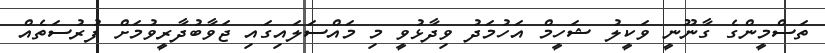
ތަސްމީންގެ ގާނޫނީ ވަކީލު ޝަހީމް އަހުމަދު ވިދާޅުވީ މި މައްސަލައިގައި ޖަވާބުދާރީވުމަށް ފުރުސަތެއް